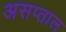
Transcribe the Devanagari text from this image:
असप्ताल